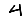
Digit: 4